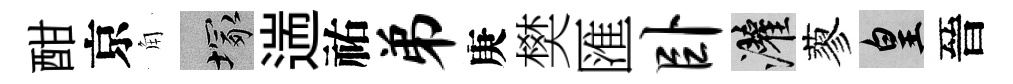
酣京角塚遄祐弟庚樊匯卧灌蓼皇晉